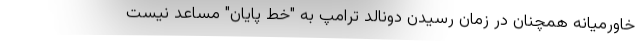
خاورمیانه همچنان در زمان رسیدن دونالد ترامپ به "خط پایان" مساعد نیست